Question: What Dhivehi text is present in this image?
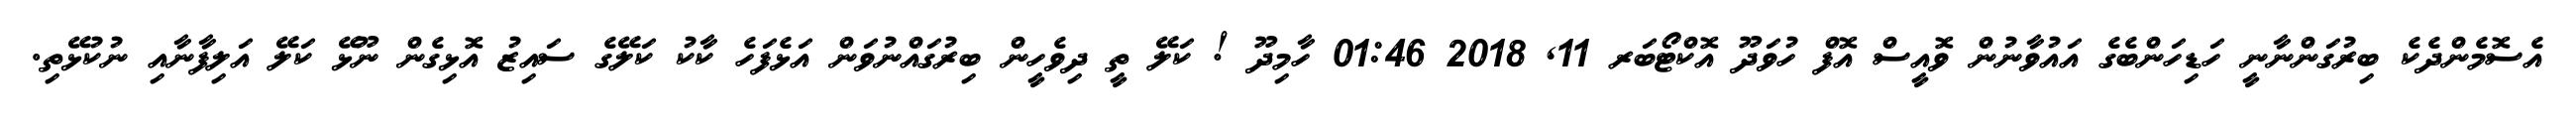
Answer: އެސޮމެންދެކެ ބިރުގަންނާނީ ހަޑިހަންބެގެ އައުވާނުން ވޮއީސް އޮފް ހުވަދޫ އޮކްޓޯބަރ 11, 2018 01:46 ހާމިދޫ ! ކަލޭ ތީ ދިވެހީން ބިރުގައްނުވަން އަޅެފަހެ ކާކު ކަލޭގެ ސައިޒު އޮޅިގެން ނޫޅޭ ކަލޭ އަލިފާނާއި ނުކުޅޭތި.